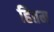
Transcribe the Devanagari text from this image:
हितम